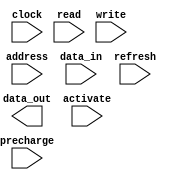
module SDRAM (
    input wire clock,
    input wire read,
    input wire write,
    input wire [11:0] address,
    input wire [31:0] data_in,
    output reg [31:0] data_out,
    input wire precharge,
    input wire activate,
    input wire refresh
);

reg [7:0] row_address;
reg [7:0] column_address;
reg [1:0] state;

parameter IDLE = 2'b00;
parameter ROW_ACCESS = 2'b01;
parameter COLUMN_ACCESS = 2'b10;

always @ (posedge clock) begin
    if (activate) begin
        state <= ROW_ACCESS;
        row_address <= address[11:4];
        column_address <= address[3:0];
    end else if (read || write) begin
        state <= COLUMN_ACCESS;
        column_address <= address[3:0];
    end else begin
        state <= IDLE;
    end
    
    case (state)
        IDLE: begin
            if (precharge) begin
                // Precharge command
                // Insert precharge logic here
            end else if (refresh) begin
                // Refresh command
                // Insert refresh logic here
            end
        end
        
        ROW_ACCESS: begin
            // Row access logic
            // Insert row access logic here
        end
        
        COLUMN_ACCESS: begin
            if (read) begin
                // Read operation
                // Insert read logic here
            end else begin
                // Write operation
                // Insert write logic here
            end
        end
    endcase
end

endmodule